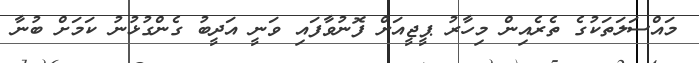
މައްސަލަތަކުގެ ތެރެއިން މިހާރު ޕީޖީއަށް ފޮނުވާފައި ވަނީ އަދީބު ގެންގުޅުނު ކަމަށް ބުނާ